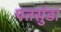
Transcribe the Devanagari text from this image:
पतसुंडा